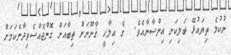
ނުކުމެ ތިޔައުޅޭ ބަލިކަށި އިންސާނާއެވެ.  ގެ އިލާހީ ޤާނޫނަށް ތިބާއަށް ގޮންޖެއްސެވިދާނެކަމަށް